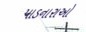
પાડનારાઓ